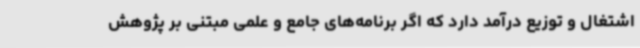
اشتغال و توزیع درآمد دارد که اگر برنامه‌های جامع و علمی مبتنی بر پژوهش